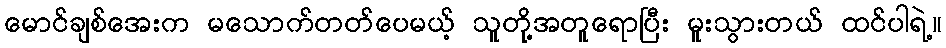
မောင်ချစ်အေးက မသောက်တတ်ပေမယ့် သူတို့အတူရောပြီး မူးသွားတယ် ထင်ပါရဲ့။